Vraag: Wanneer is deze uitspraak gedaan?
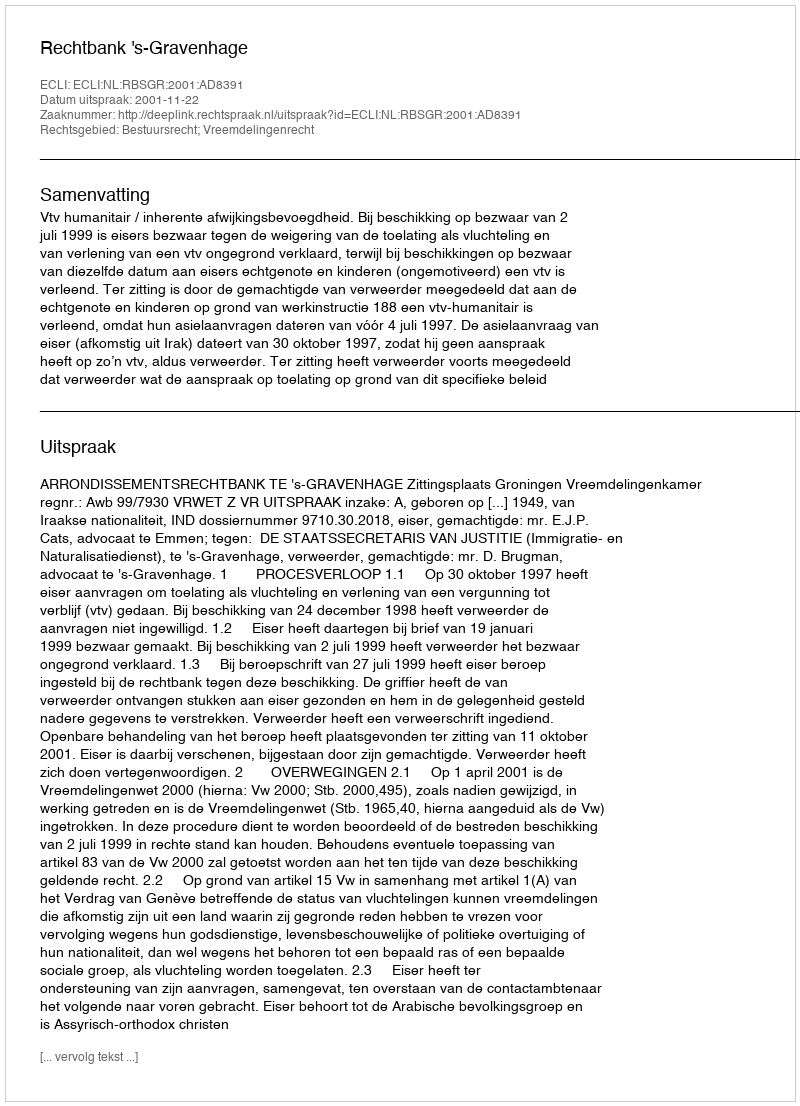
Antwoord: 2001-11-22